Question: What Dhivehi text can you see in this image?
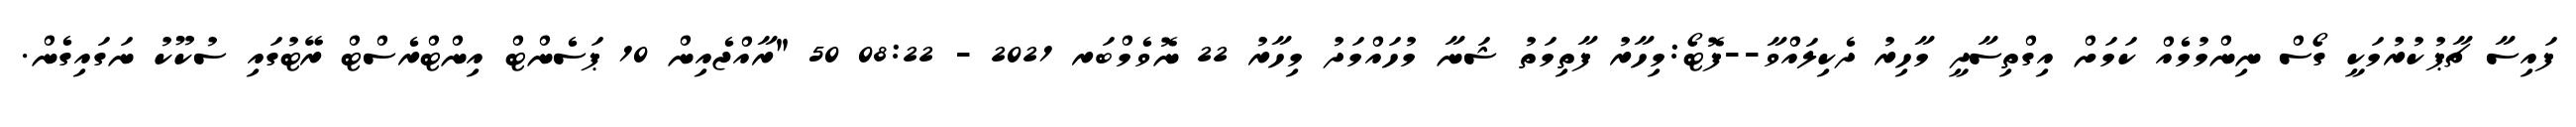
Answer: ފައިސާ ޗާޕުކުރުމަކީ ގޯސް ނިންމުމެއް ކަމަށް އިގްތިސާދީ މާހިރު ދެކިލައްވާ--ފޮޓޯ:މިހާރު ފާތިމަތު ޝަނާ މުހައްމަދު މިހާރު 22 ނޮވެމްބަރ 2021 - 08:22 50 "ރާއްޖެއިން 10 ޕަސެންޓް އިންޓްރެސްޓް ރޭޓުގައި ސުކޫކު ނަގައިގެން.